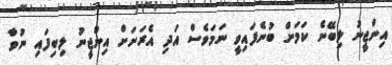
އިންޖީނު ލިބޭނެ ކަމަށް ބުނެފައިވީ ނަމަވެސް އަދި އެރަށަށް އިންޖީނު ލިބިފައި ނުވާ